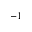
^ { - 1 }